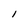
Character: I